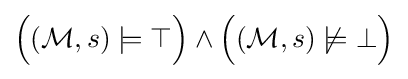
{\Big (}({\mathcal {M}},s)\models \top {\Big )}\land {\Big (}({\mathcal {M}},s)\not \models \bot {\Big )}